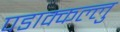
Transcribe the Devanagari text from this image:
पडाक्कल्लु